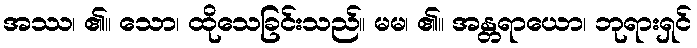
အဿ၊ ၏။ သော၊ ထိုသေခြင်းသည်။ မမ၊ ၏။ အန္တရာယော၊ ဘုရားရှင်